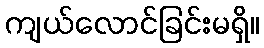
ကျယ်လောင်ခြင်းမရှိ။